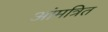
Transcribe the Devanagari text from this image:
आंमत्रित